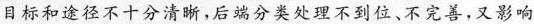
目标和途径不十分清晰，后端分类处理不到位、不完善，又影响